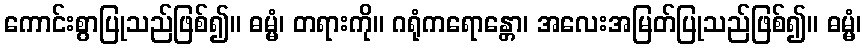
ကောင်းစွာပြုသည်ဖြစ်၍။ ဓမ္မံ၊ တရားကို။ ဂရုံကရောန္တော၊ အလေးအမြတ်ပြုသည်ဖြစ်၍။ ဓမ္မံ၊